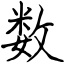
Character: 数